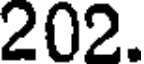
202.